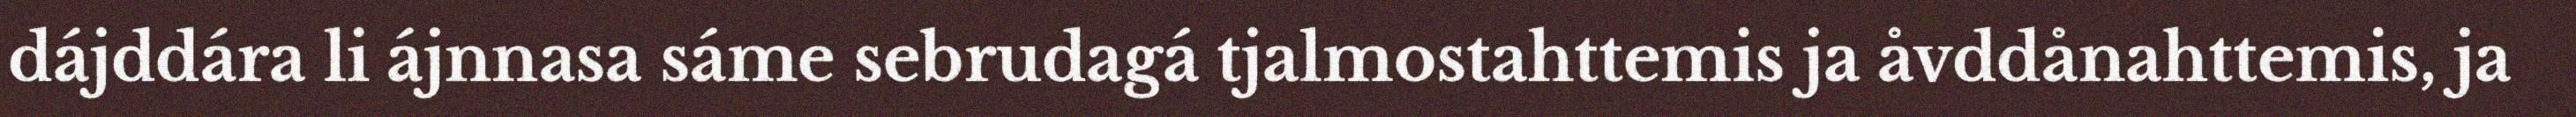
dájddára li ájnnasa sáme sebrudagá tjalmostahttemis ja åvddånahttemis, ja